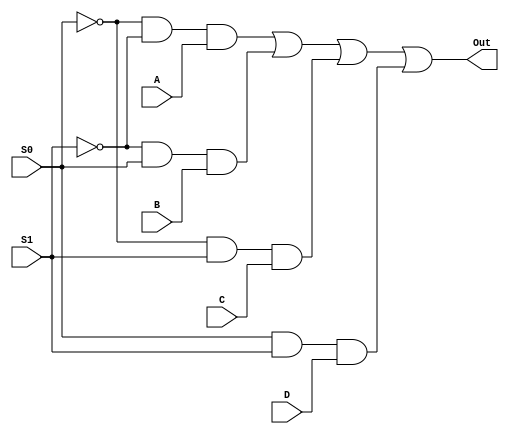
`timescale 1ns / 1ps
//////////////////////////////////////////////////////////////////////////////////
// Company: 
// Engineer: 
// 
// Design Name: 
// Module Name: Multiplexer_4to1
// Project Name: 
// Target Devices: 
// Tool Versions: 
// Description: 
// 
// Dependencies: 
// 
// Revision:
// Revision 0.01 - File Created
// Additional Comments:
// 
//////////////////////////////////////////////////////////////////////////////////


module Multiplexer_4to1(Out, S0, S1, A, B, C,D);
input S0, S1, A, B, C,D;
output Out;

assign S0_bar = ~ S0;
assign S1_bar = ~ S1;
assign and1 = S0_bar & S1_bar & A;
assign and2 = S1_bar & S0 & B; 
assign and3 = S0_bar & S1 & C; 
assign and4 = S0 & S1 & D;
assign Out = and1 | and2 | and3 | and4;



endmodule